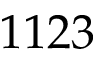
1 1 2 3